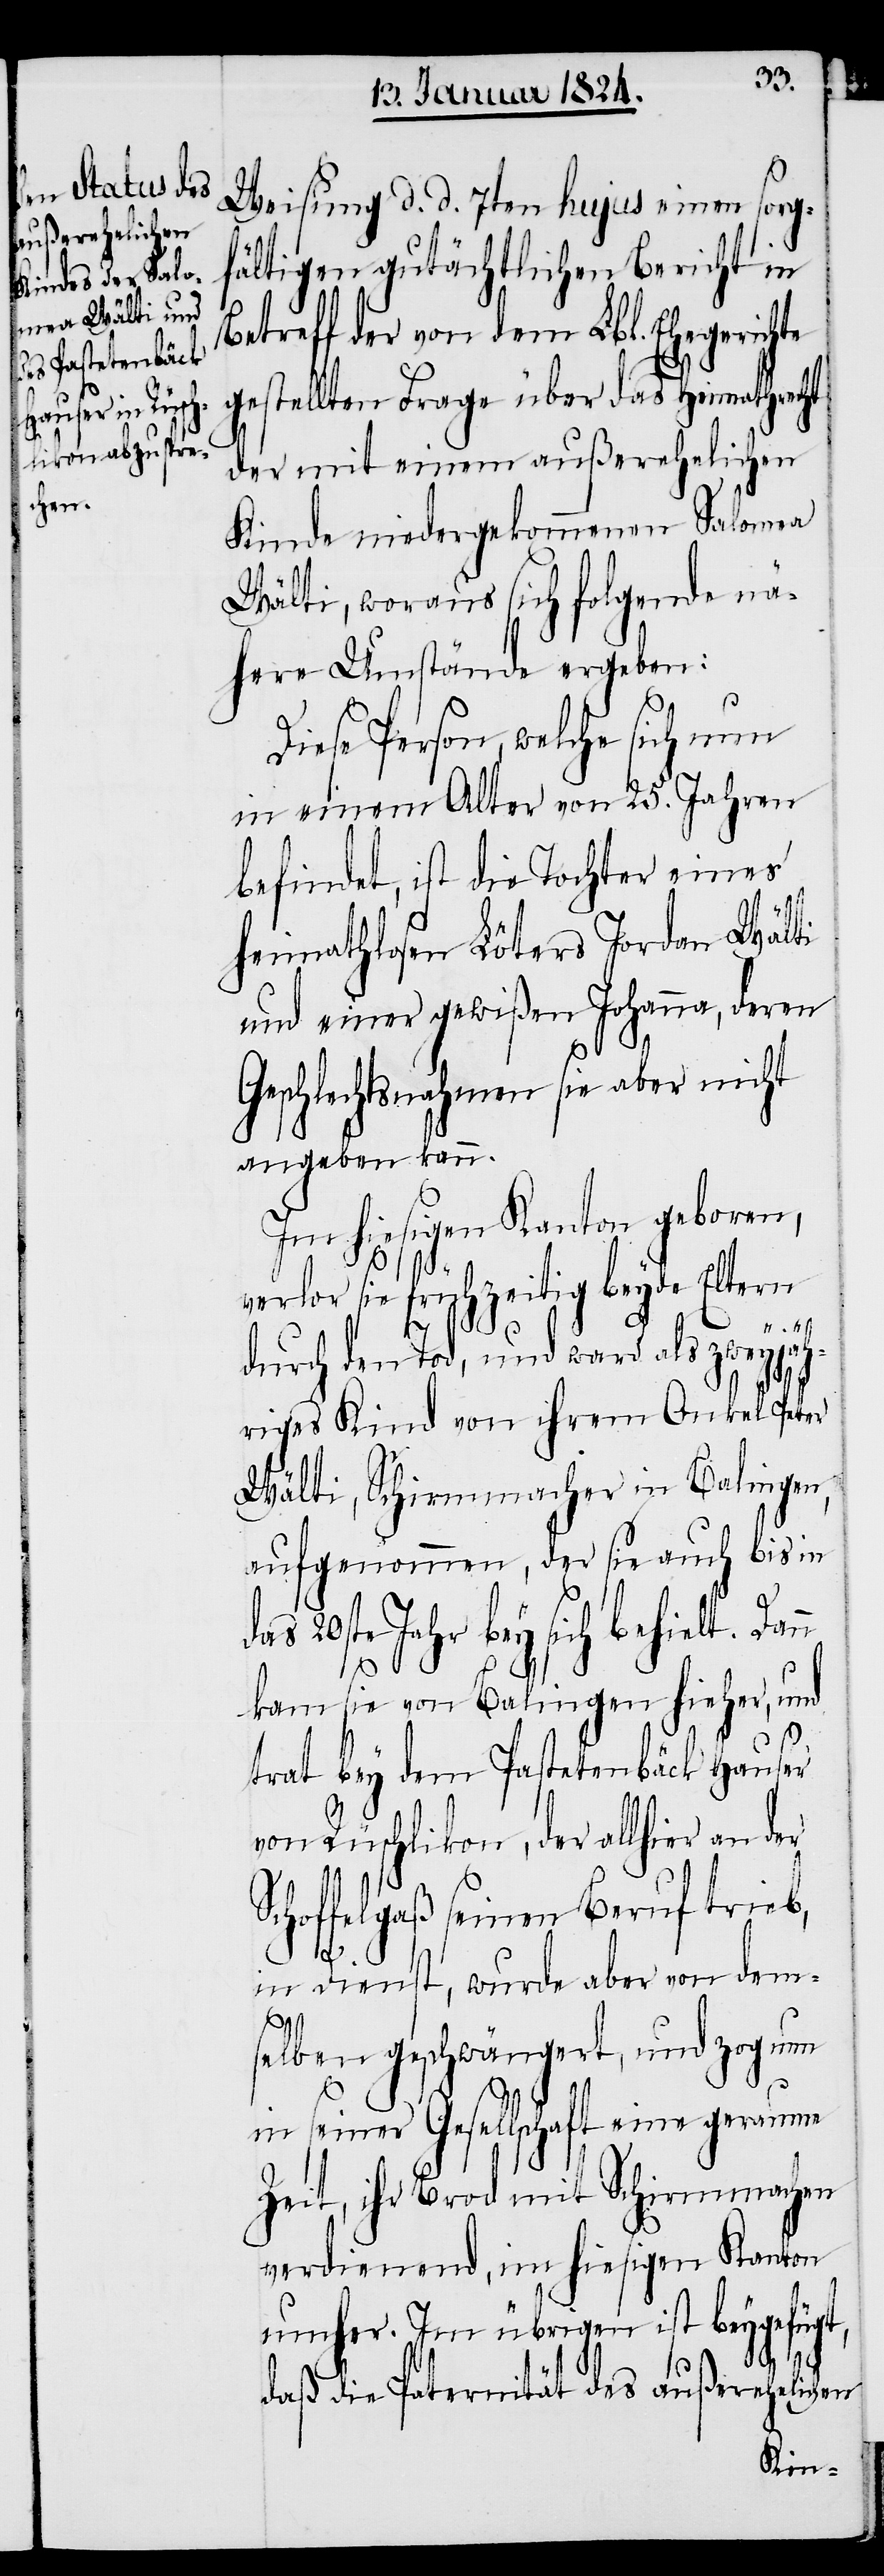
Weisung d. d. 7ten hujus einen sorgf¬
ältigen gutächtlichen Bericht in
Betreff der von dem Lbl. Ehegerichte
gestellten Frage über das Heimathrecht
der mit einem außerehelichen
Kinde niedergekommenen Salomea
Wälti, woraus sich folgende nä¬
here Umstände ergeben:
Diese Person, welche sich nun
in einem Alter von 25. Jahren
befindet, ist die Tochter eines
heimathlosen Löters Jordan Wälti
und einer gewißen Johanna, deren
Geschlechtsnahmen sie aber nicht
angeben kann.
Im hiesigen Kanton geboren,
verlor sie frühzeitig beyde Eltern
durch den Tod, und ward als zweyjäh¬
riges Kind von ihrem Onkel Peter
Wälti, Schirmmacher in Balingen,
aufgenommen, der sie auch bis in
20ste Jahr bey sich behielt. Dan¬
kam sie von Balingen hieher, und
trat bey dem Pastetenbäck Hauser
von Rüschlikon, der allhier an der
Schoffelgaß seinen Beruf trieb,
in Dienst, wurde aber von dem¬
selben geschwängert, und zog nun
in seiner Gesellschaft eine geraume
Zeit, ihr Brod mit Schirmmachen
verdienend, im hiesigen Kanton
umher. Im Übrigen ist beygefügt,
daß die Paternität des außerehelichen

n